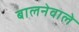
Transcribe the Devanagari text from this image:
बालनेवाले